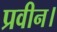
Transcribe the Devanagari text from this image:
प्रवीन।